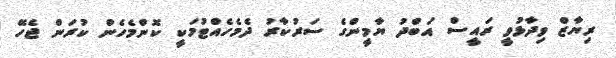
ރިޔާޒް ވިދާޅުވީ ރައީސް އަބްދު ޔާމީންގެ ސަރުކާރު ދެމެހެއްޓުމަކީ ކޮންމެހެން ކުރަން ޖެހޭ